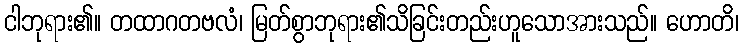
ငါဘုရား၏။ တထာဂတဗလံ၊ မြတ်စွာဘုရား၏သိခြင်းတည်းဟူသောအားသည်။ ဟောတိ၊